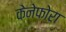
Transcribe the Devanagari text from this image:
केनेफोरा